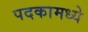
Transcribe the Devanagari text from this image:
पदकामध्ये